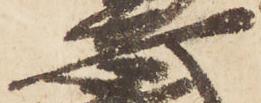
安